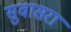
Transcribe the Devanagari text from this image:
सुवासरा